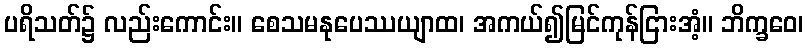
ပရိသတ်၌ လည်းကောင်း။ စေသမနုပေဿယျာထ၊ အကယ်၍မြင်ကုန်ငြားအံ့။ ဘိက္ခဝေ၊